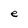
Character: e